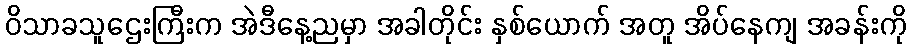
ဝိသာခသူဌေးကြီးက အဲဒီနေ့ညမှာ အခါတိုင်း နှစ်ယောက် အတူ အိပ်နေကျ အခန်းကို